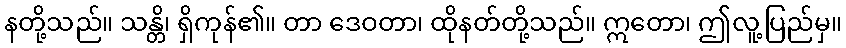
နတို့သည်။ သန္တိ၊ ရှိကုန်၏။ တာ ဒေဝတာ၊ ထိုနတ်တို့သည်။ ဣတော၊ ဤလူ့ပြည်မှ။